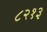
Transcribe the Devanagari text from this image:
८२१३